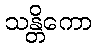
သန္တိကော